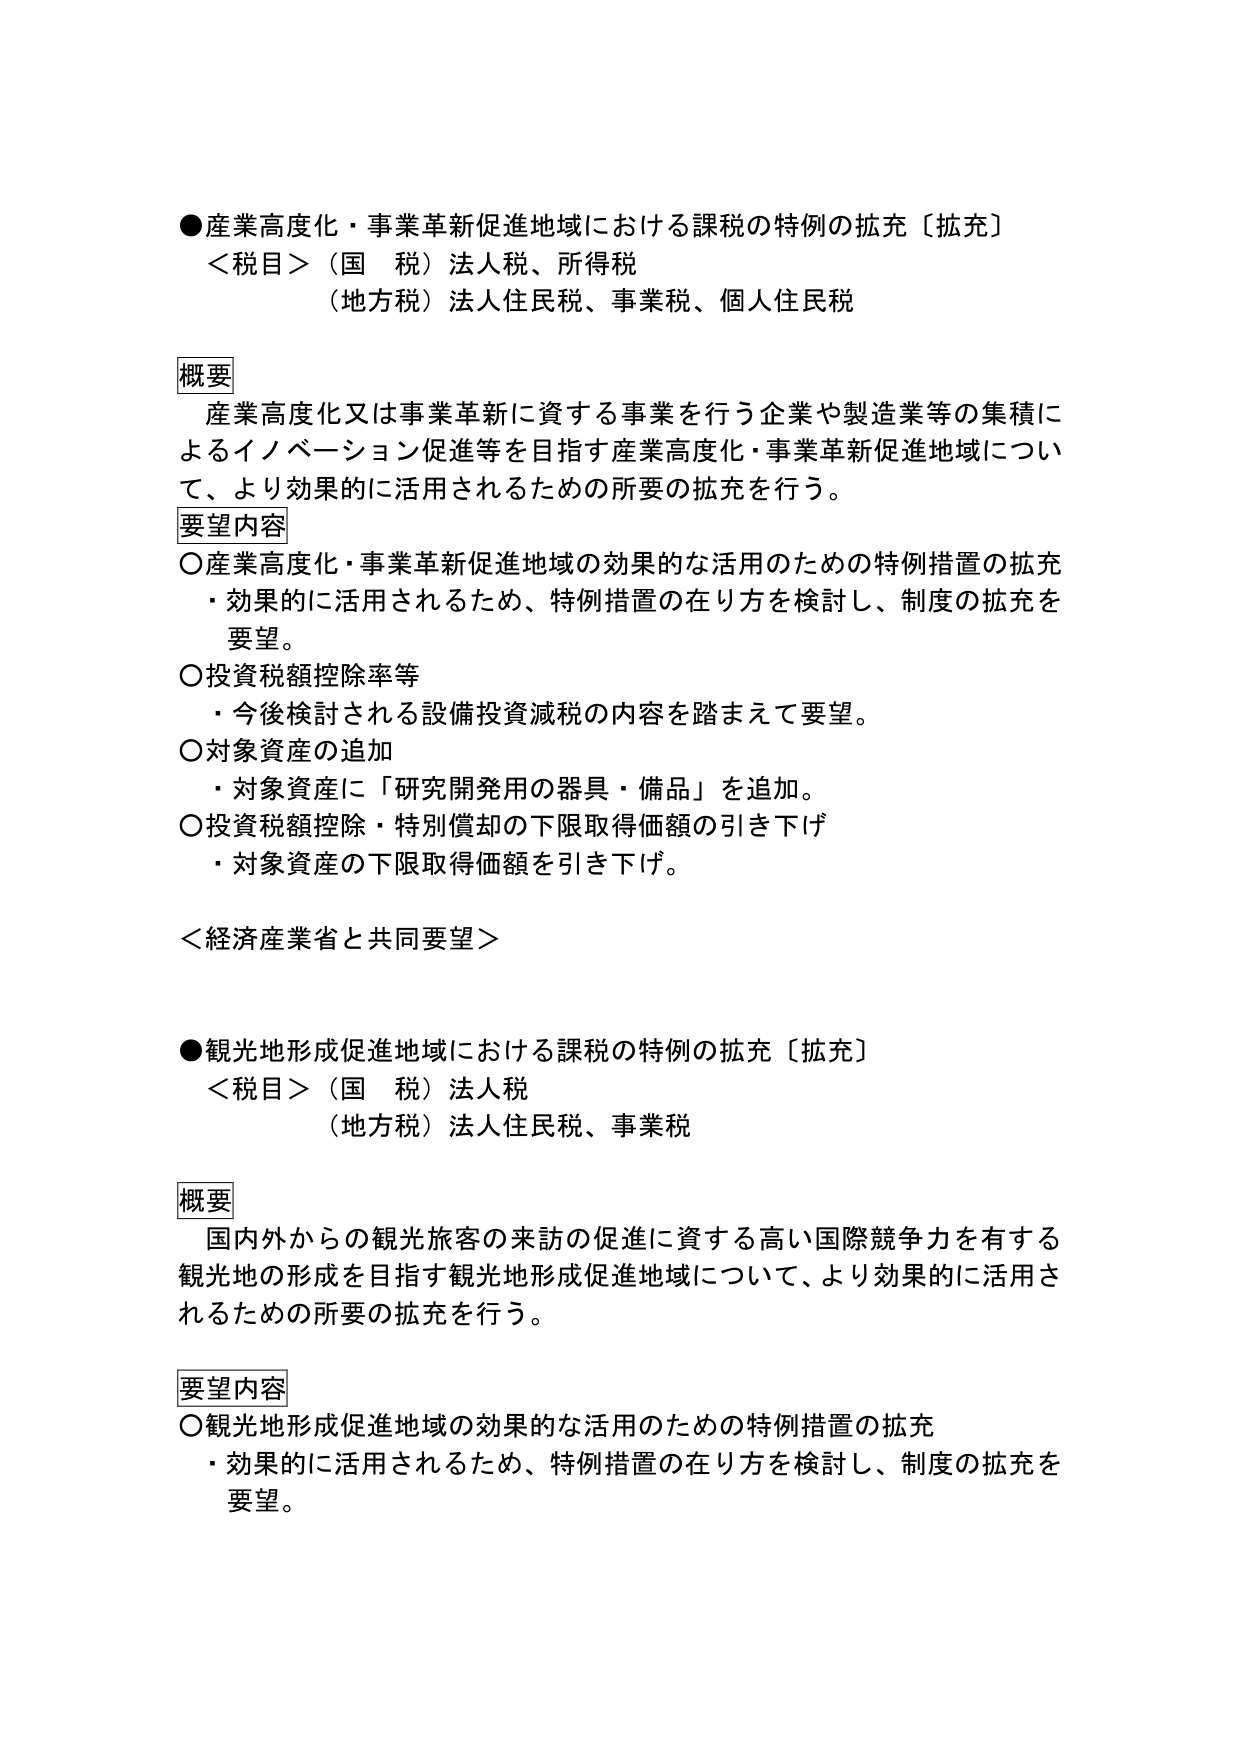
●産業高度化・事業革新促進地域における課税の特例の拡充〔拡充〕
＜税目＞（国　税）法人税、所得税
（地方税）法人住民税、事業税、個人住民税

概要
　産業高度化又は事業革新に資する事業を行う企業や製造業等の集積に
よるイノベーション促進等を目指す産業高度化・事業革新促進地域につい
て、より効果的に活用されるための所要の拡充を行う。

要望内容
○産業高度化・事業革新促進地域の効果的な活用のための特例措置の拡充
　・効果的に活用されるため、特例措置の在り方を検討し、制度の拡充を
　要望。
○投資税額控除率等
　・今後検討される設備投資減税の内容を踏まえて要望。
○対象資産の追加
　・対象資産に「研究開発用の器具・備品」を追加。
○投資税額控除・特別償却の下限取得価額の引き下げ
　・対象資産の下限取得価額を引き下げ。

＜経済産業省と共同要望＞

●観光地形成促進地域における課税の特例の拡充〔拡充〕
＜税目＞（国　税）法人税
（地方税）法人住民税、事業税

概要
　国内外からの観光旅客の来訪の促進に資する高い国際競争力を有する
観光地の形成を目指す観光地形成促進地域について、より効果的に活用さ
れるための所要の拡充を行う。

要望内容
○観光地形成促進地域の効果的な活用のための特例措置の拡充
　・効果的に活用されるため、特例措置の在り方を検討し、制度の拡充を
　要望。